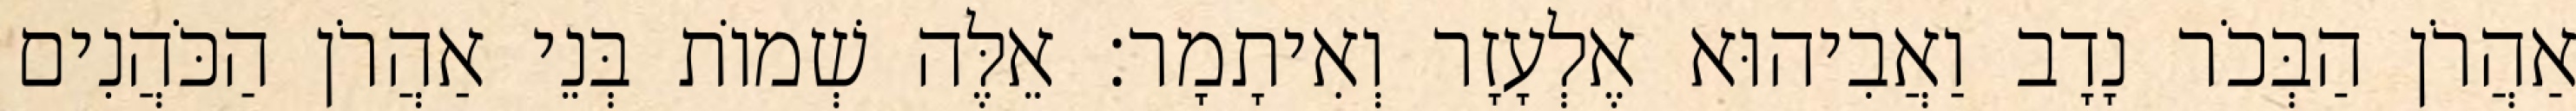
אַהֲרֹן הַבְּכֹר נָדָב וַאֲבִיהוּא אֶלְעָזָר וְאִיתָמָר׃ אֵלֶּה שְׁמוֹת בְּנֵי אַהֲרֹן הַכֹּהֲנִים